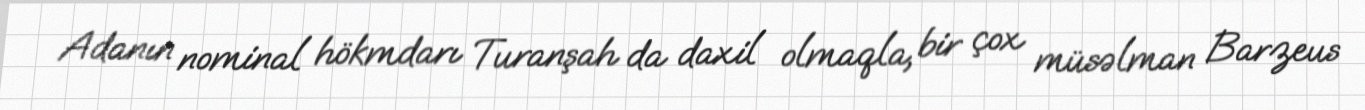
Adanın nominal hökmdarı Turanşah da daxil olmaqla, bir çox müsəlman Barzeus